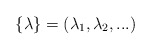
\begin{align*}\{ \lambda \} = (\lambda_1, \lambda_2, ...)\end{align*}